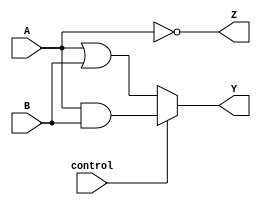
module AdjacencyGroup (
    input wire [3:0] A,        // 4-bit input
    input wire [3:0] B,        // 4-bit input
    input wire control,         // Control signal to activate the group
    output wire [3:0] Y,       // 4-bit output
    output wire [3:0] Z        // Another 4-bit output for additional logic
);
    wire [3:0] and_result;
    wire [3:0] or_result;
    wire [3:0] not_result;

    // Logic Functions
    assign and_result = A & B;         // AND operation
    assign or_result = A | B;          // OR operation
    assign not_result = ~A;            // NOT operation

    // Control Logic for output selection
    assign Y = control ? and_result : or_result; // Select between AND and OR based on control signal
    assign Z = not_result; // Always output NOT operation

endmodule